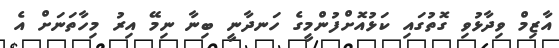
އާޒިމް ވިދާޅުވި ގޮތުގައި ކަޅުއޮށްފުންމީގެ ހަނދާނީ ބިނާ ނިމޭ އިރު މިހާތަނަށް އެ